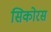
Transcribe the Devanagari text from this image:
सिकोरस